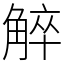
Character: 䚝